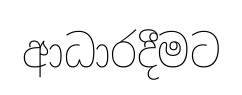
ආධාරදීමට